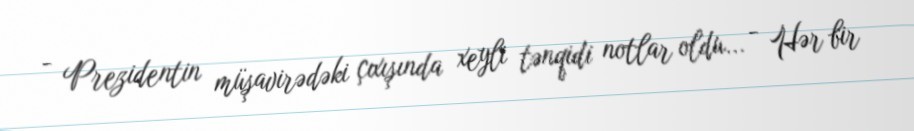
- Prezidentin müşavirədəki çıxışında xeyli tənqidi notlar oldu... - Hər bir